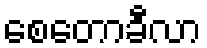
စေတောခီလာ